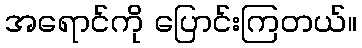
အရောင်ကို ပြောင်းကြတယ်။